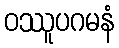
ဝဿူပဂမနံ